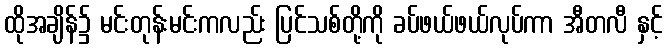
ထိုအချိန်၌ မင်းတုန်းမင်းကလည်း ပြင်သစ်တို့ကို ခပ်ဖယ်ဖယ်လုပ်ကာ အီတလီ နှင့်